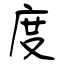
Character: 度